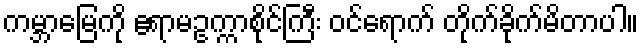
ကမ္ဘာမြေကို ဧရာမဥက္ကာစိုင်ကြီး ဝင်ရောက် တိုက်ခိုက်မိတာပါ။